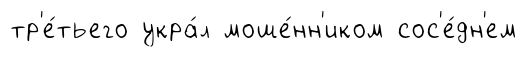
тр'е́тьего укра́л моше́нн'иком сос'е́дн'ем